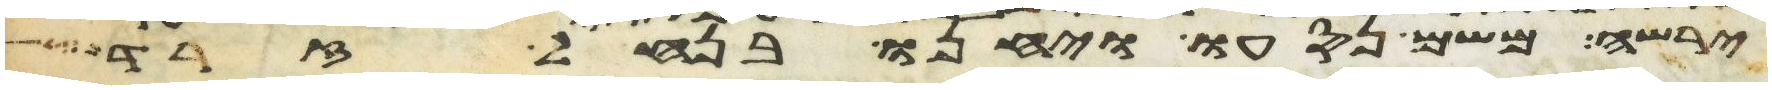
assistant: ירשה משם נסעו ויחנו בנחל זרד